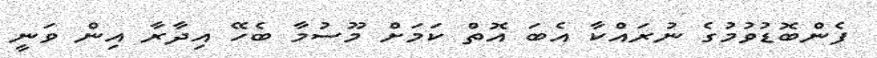
ފެންބޮޑުވުމުގެ ނުރައްކާ އެބަ އޮތް ކަމަށް މޫސުމާ ބެހޭ އިދާރާ އިން ވަނީ